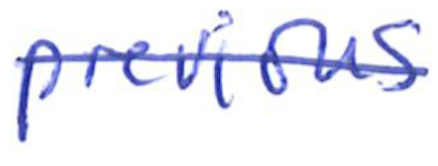
Text: previous
Cross-out: diagonal
Writing tool: ballpoint